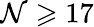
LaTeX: \mathcal{N}\geqslant17